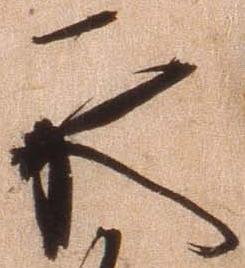
承